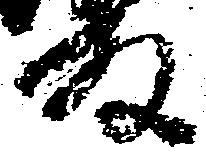
殿